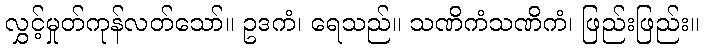
လွှင့်မှုတ်ကုန်လတ်သော်။ ဥဒကံ၊ ရေသည်။ သဏိကံသဏိကံ၊ ဖြည်းဖြည်း။